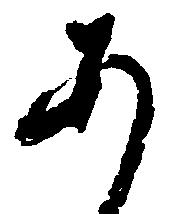
あ